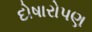
દોષારોપણ